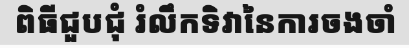
ពិធីជួបជុំ រំលឹកទិវានៃការចងចាំ